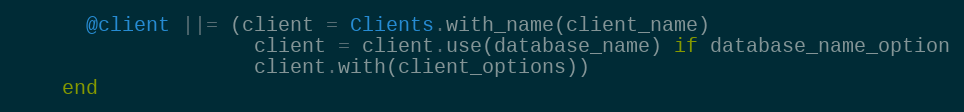
Language: Ruby
      @client ||= (client = Clients.with_name(client_name)
                    client = client.use(database_name) if database_name_option
                    client.with(client_options))
    end